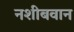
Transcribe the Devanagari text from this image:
नशीबवान